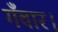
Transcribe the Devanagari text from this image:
गँवार।